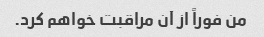
من فوراً از آن مراقبت خواهم کرد.